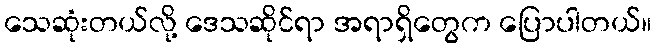
သေဆုံးတယ်လို့ ဒေသဆိုင်ရာ အရာရှိတွေက ပြောပါတယ်။